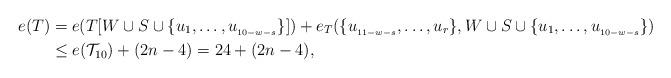
LaTeX: \begin{align*} e(T )&=e(T[ W\cup S\cup \{u_1,\ldots,u_{_{10-w-s}}\}])+e_T(\{u_{_{11-w-s}}, \ldots, u_r\}, W \cup S\cup\{u_1, \ldots, u_{_{10-w-s}}\})\\& \le e(\mathcal{T}_{10})+(2n-4)=24+(2n-4),\end{align*}